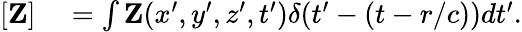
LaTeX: \begin{array}{rl}{[{\mathbf Z}]}&{{}=\int{\mathbf Z}(x^{\prime},y^{\prime},z^{\prime},t^{\prime})\delta(t^{\prime}-(t-r/c))dt^{\prime}.}\end{array}